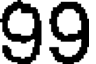
99